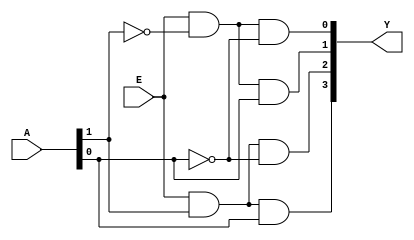
module decoder2to4
(
input [1:0]A,
input E,
output [3:0]Y
);
assign Y[0] = E & (~A[1]) & (~A[0]); 
assign Y[1] = E & (~A[1]) & A[0];
assign Y[2] = E & A[1] & (~A[0]);
assign Y[3] = E & A[1] & A[0];

endmodule